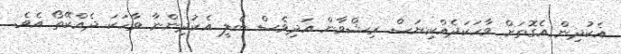
އެކުދިން އެގޮތަށް ވާހަކަދެއްކިޔަސް ރިޝްވާން އަދިވެސް ބެލީ އެކުދިންނާ ވާހަކަ ދެއްކޭތޯ އެވެ.